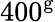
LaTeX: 400^{\mathrm{g}}